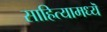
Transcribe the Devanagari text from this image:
साहित्यामध्यॆ